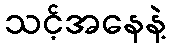
သင့်အနေနဲ့